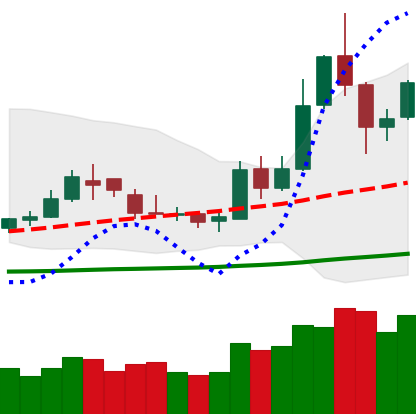
Ticker: DOGE-USD
Chart end date: 2019-05-19
Forward return: -5.758%
Label: down_5_7